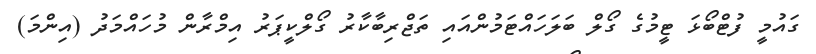
ގައުމީ ފުޓްބޯޅަ ޓީމުގެ ގޯލް ބަލަހައްޓަމުންއައި ތަޖްރިބާކާރު ގޯލްކީޕަރު އިމްރާން މުހައްމަދު (އިންމަ)